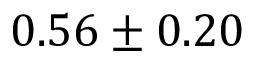
0 . 5 6 \pm 0 . 2 0